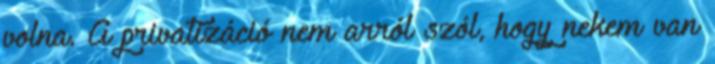
volna. A privatizáció nem arról szól, hogy nekem van